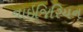
નાઇજિરિયન